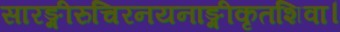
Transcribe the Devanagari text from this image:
सारङ्गीरुचिरनयनाङ्गीकृतशिवा।